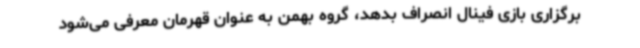
برگزاری بازی فینال انصراف بدهد، گروه بهمن به عنوان قهرمان معرفی می‌شود